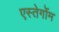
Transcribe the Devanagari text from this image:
एस्तेर्गोम